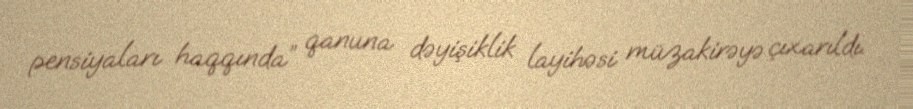
pensiyaları haqqında” qanuna dəyişiklik layihəsi müzakirəyə çıxarıldı.